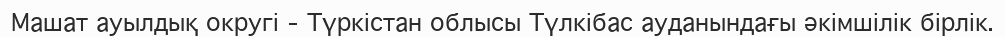
Машат ауылдық округі – Түркістан облысы Түлкібас ауданындағы әкімшілік бірлік.